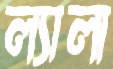
ল্যালা